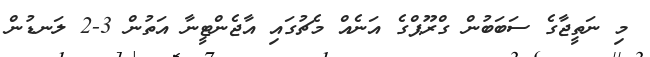
މި ނަތީޖާގެ ސަބަބުން ގްރޫޕްގެ އަނެއް މެޗުގައި އާޖެންޓީނާ އަތުން 3-2 ލަނޑުން